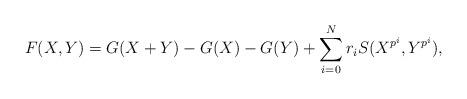
LaTeX: \begin{align*}F(X, Y) = G(X+Y) - G(X) - G(Y) + \sum_{i=0}^N r_iS(X^{p^i}, Y^{p^i}),\end{align*}